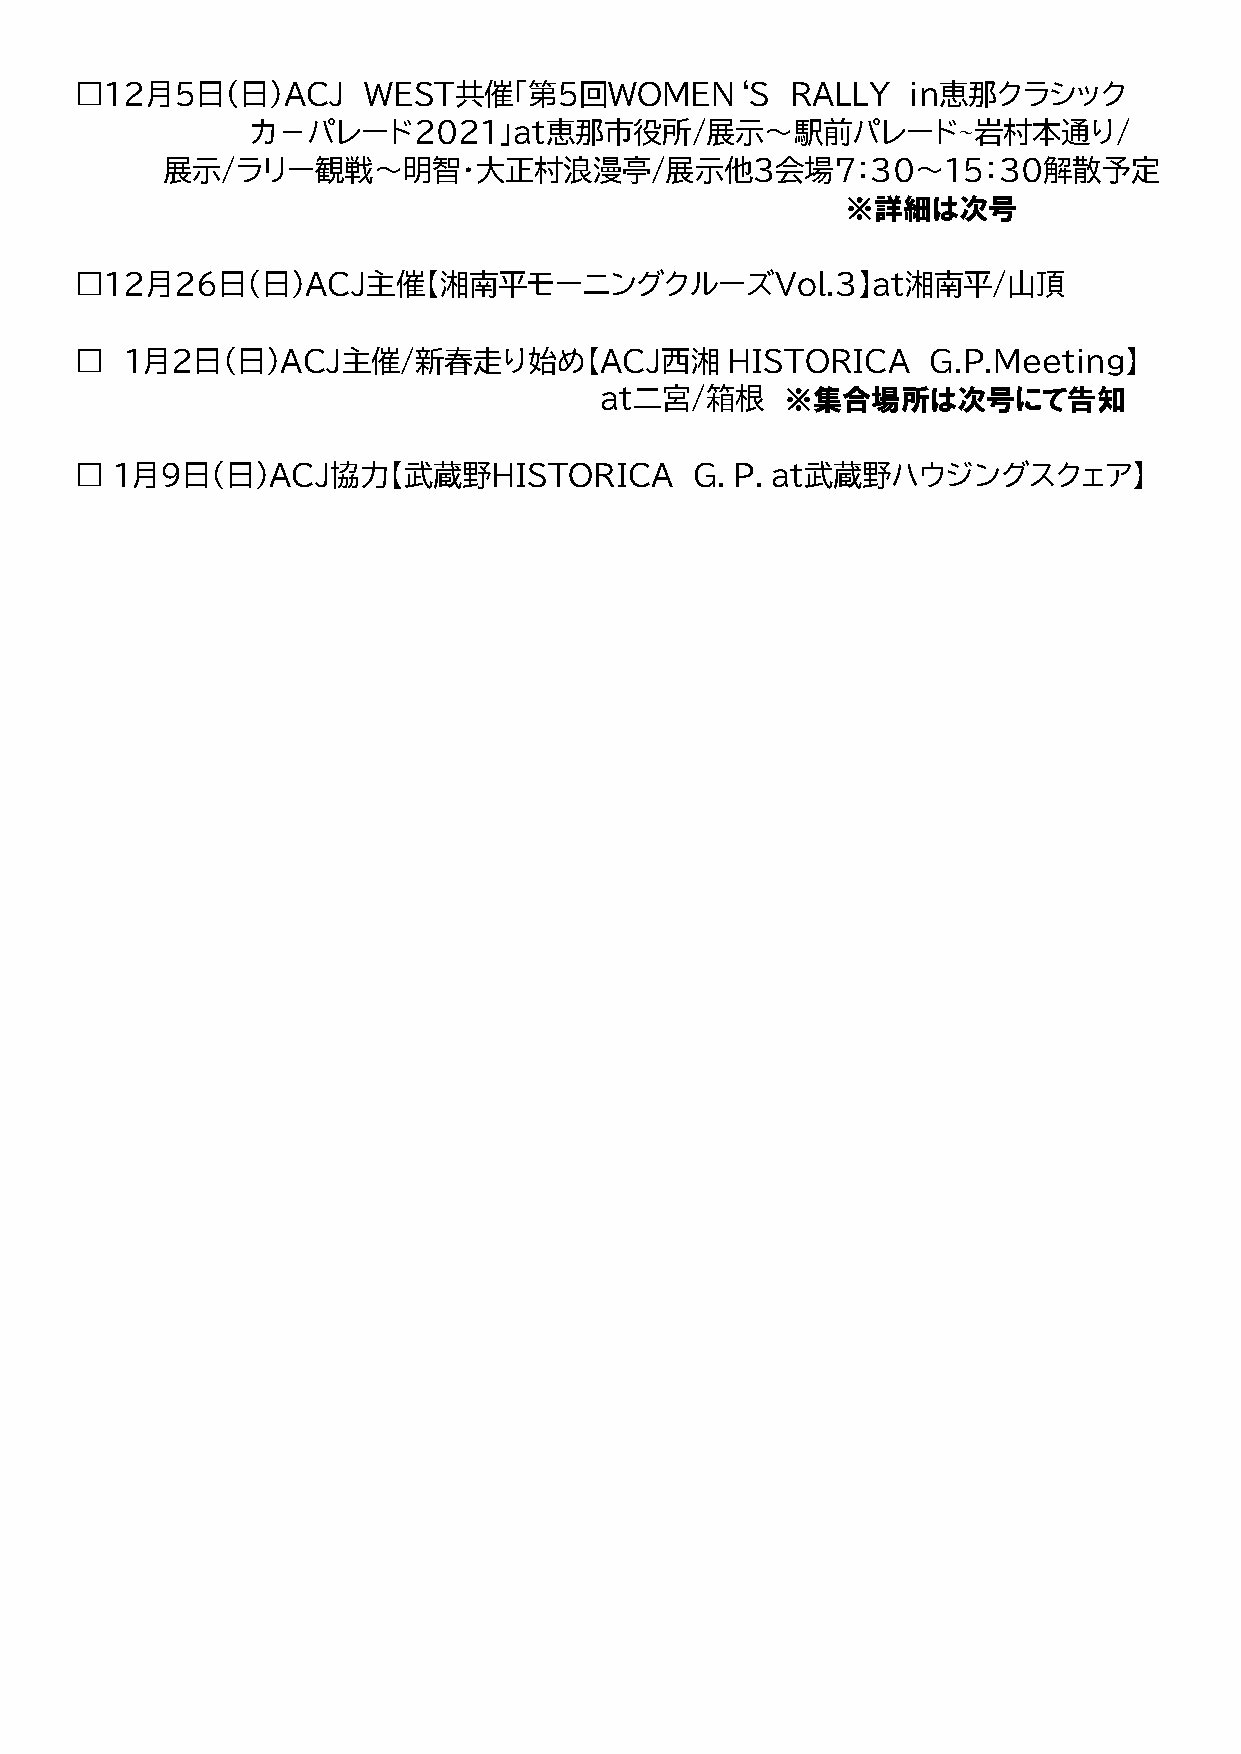
□１２月５日（日）ＡＣＪ       ＷＥＳＴ共催「第５回ＷＯＭＥＮ‘Ｓ           ＲＡＬＬＹ   ｉｎ恵那クラシック
 カ－パレード２０２１」ａｔ恵那市役所/展示～駅前パレード∼岩村本通り/
 展示/ラリー観戦～明智・大正村浪漫亭/展示他３会場７：３０～１５：３０解散予定
 ※詳細は次号
 □１２月２６日(日)ＡＣＪ主催【湘南平モーニングクルーズＶｏｌ.３】ａｔ湘南平/山頂
 □  １月２日(日)ＡＣＪ主催/新春走り始め【ＡＣＪ西湘               HISTORICA    G.P.Meeting】
 ａｔ二宮/箱根     ※集合場所は次号にて告知
 □ １月９日(日)ＡＣＪ協力【武蔵野ＨＩＳＴＯＲＩＣＡ              Ｇ．Ｐ．ａｔ武蔵野ハウジングスクェア】